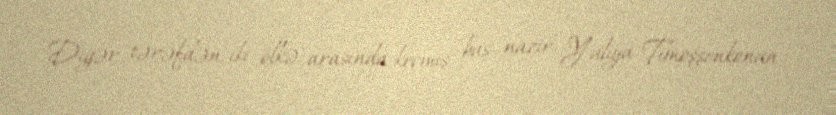
Digər tərəfdən, iki ölkə arasında keçmiş baş nazir Yuliya Timoşşenkonun